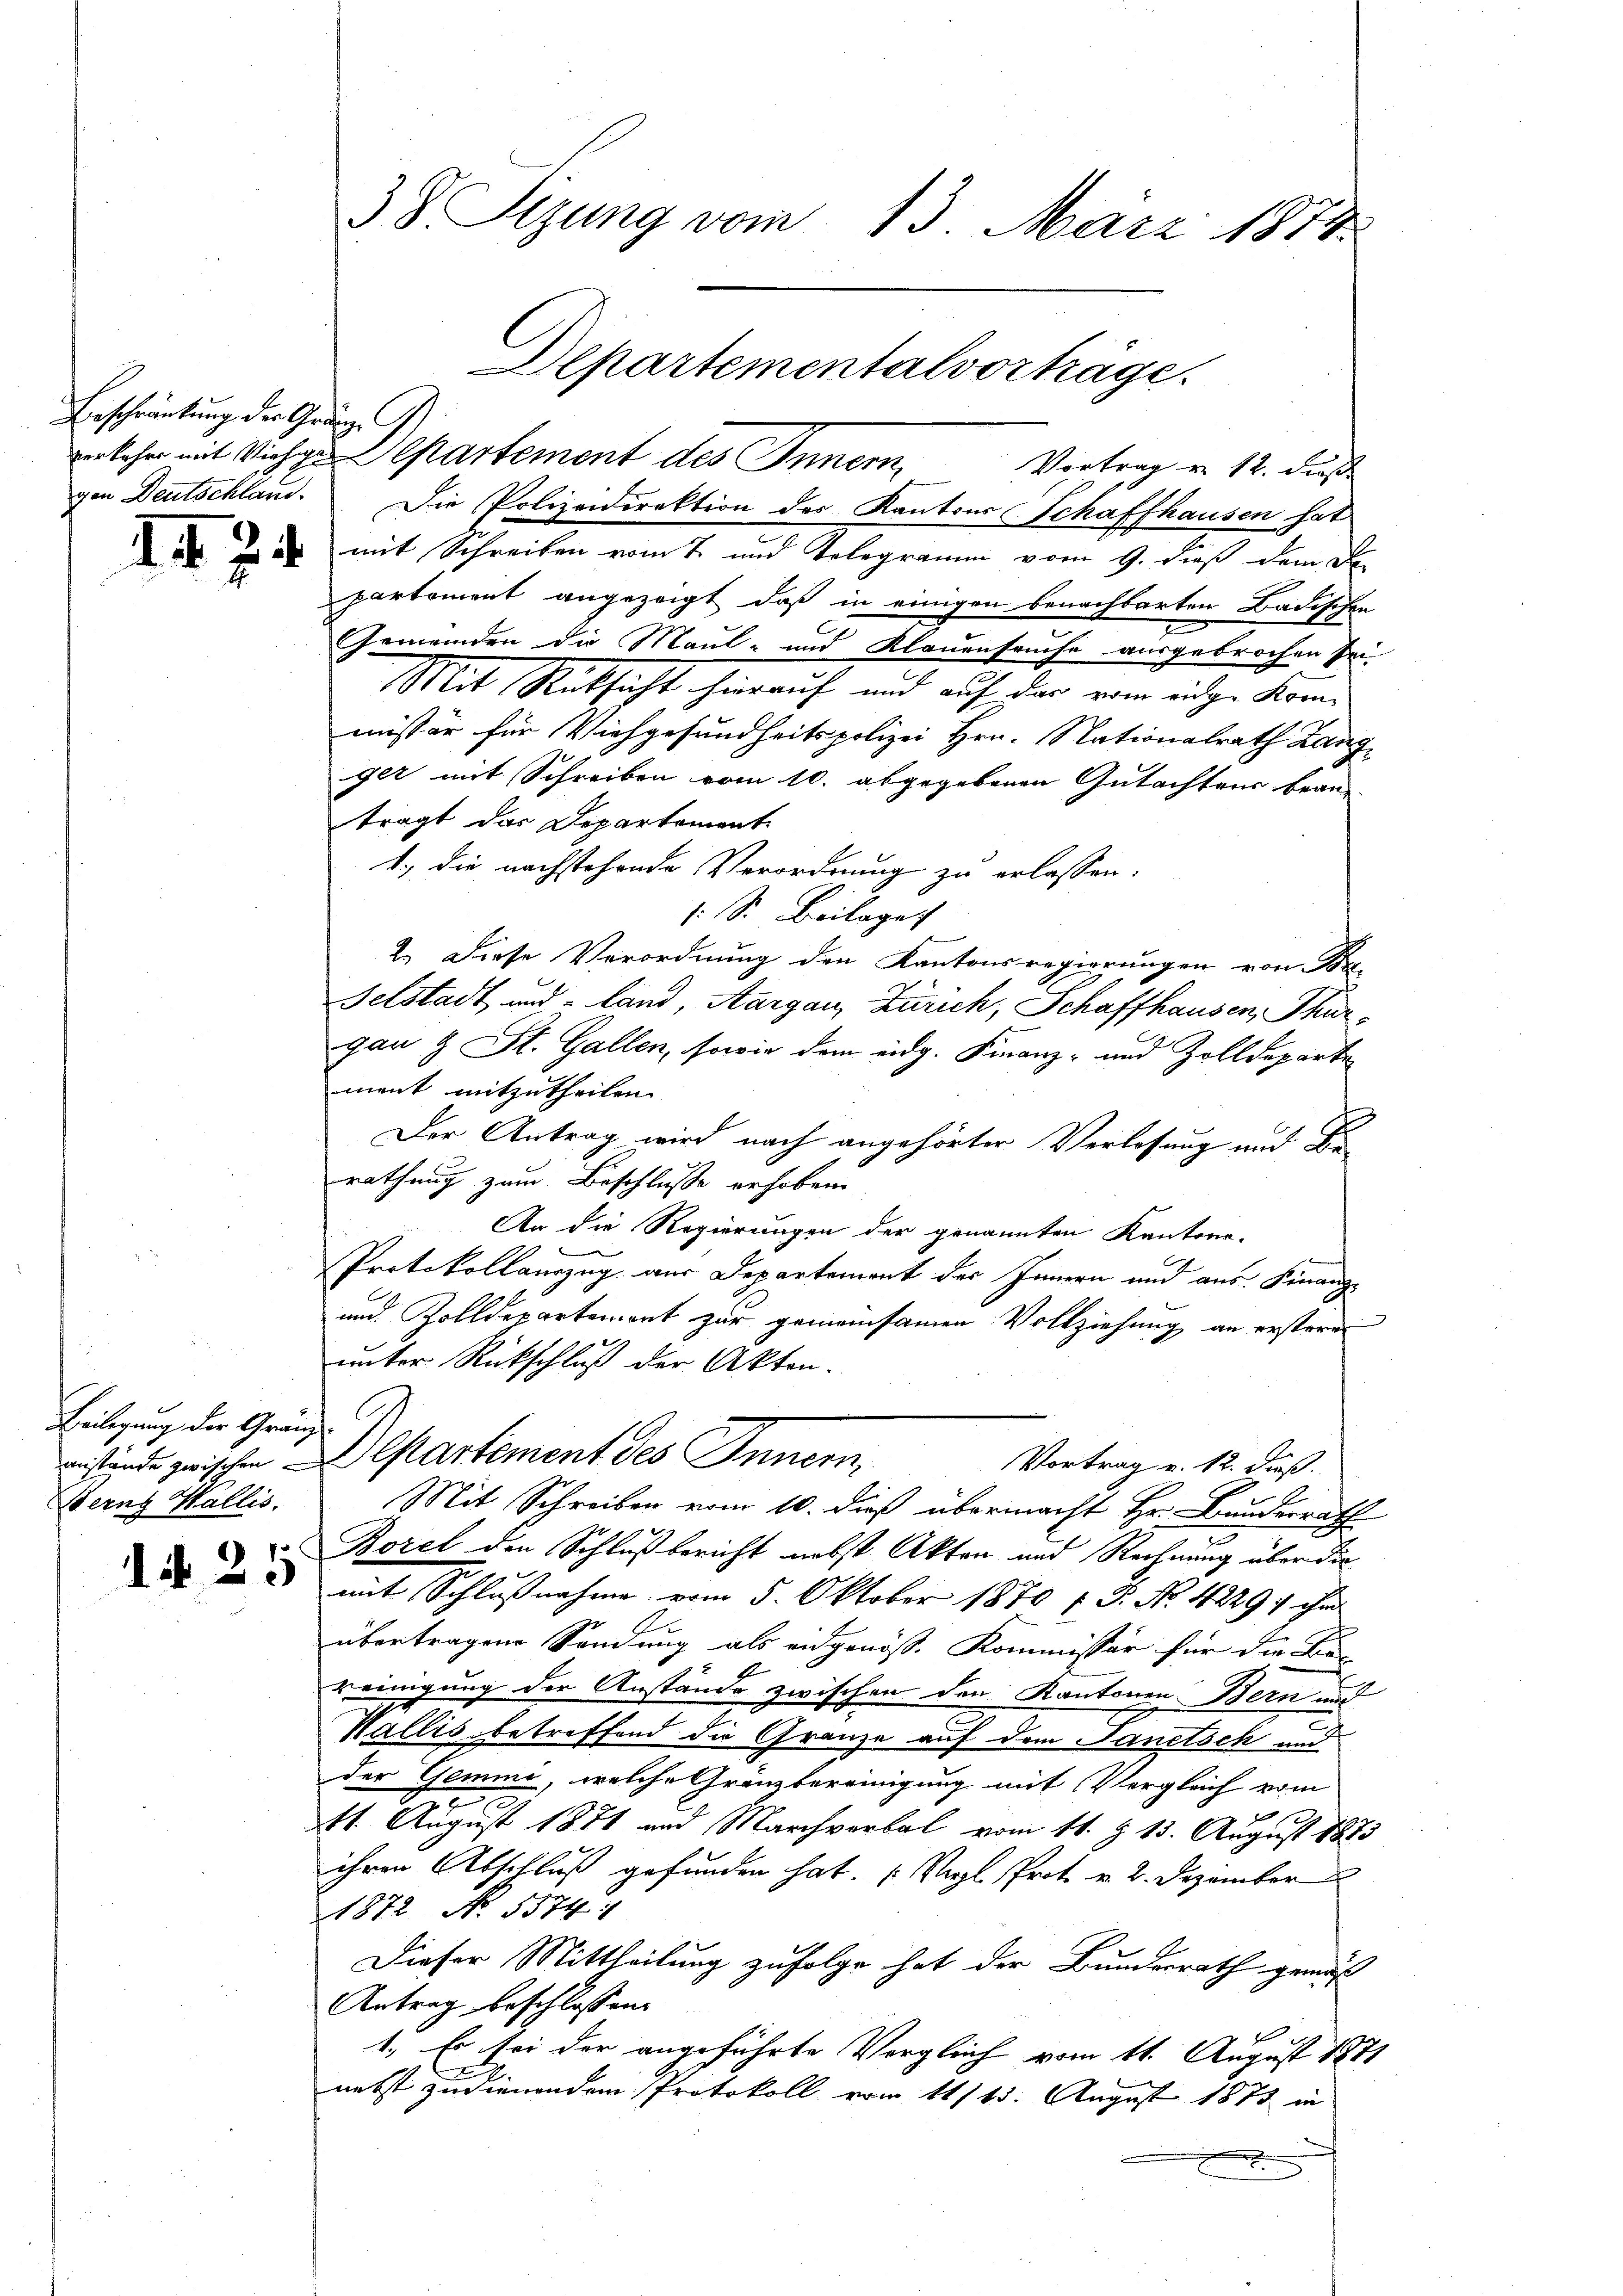
Beschränkung der Gränzgen Deutschland.

I.

1§ 25

Beilegung der Gränz
Stern Wallis.

erkehr mit Viehe Departement des Inner Vortrag v. 12. dieß
Die Polizeidirektion des Kantons Schaffhausen hat
 d mit Schreiben vom 7. und Telegramm vom 9. dieß dem Departement angezeigt, daß in einigen benachbarten Badischen
Gemeinden die Maul- und Klauenseuche ausgebrochen sei-
Mit Rücksicht hierauf und auf der vom eidge Kommissär für Viehgesundheitspolizei Hrn. Stationalrath Zang
ger mit Schreiben vom 10. abgegebenen Gutachtens bean-
trägt das Departement
1.) Die nachstehende Verordnung zu erlassen.
/. Sr. Beilage
2. Diese Verordnung den Kantonsregierungen von Ba-
Felstadt und land, Aargau, Zürich, Schaffhausen, Thurgau & St. Gallen, sowie dem eidg. Finanz- und Zolldeparte
mant mitzutheilen.
Der Antrag wird nach angehörter Verlassung und Berathung zum Beschlusse erhoben
An die Regierungen der genannten Kantone.
Protokollauszug aus Departement des Innern und aus Finanz¬
und Zolldepartement zur gemeinsamen Vollziehung an ersteren
unter Rückschluß der Akten.
A
eistände zwischen Departement des Innern,
Vortrag u. 12. dieß.
Mit Schreiben vom 10. dieß übermacht Hr. Bundesrath
Borel den Schlußbericht nebst Akten und Rechnung über die
mit Schlußnahme vom 5. Oktober 1870 f. P. No. 4229: ihm
übertragene Sendung als eidgenöß. Kommissär für die Be-
reinigung der Anstände zwischen den Kantonen Bern und
Wallis betreffend die Gränze auf dem Sanitsch und
der Gemme, welche Gränzbereinigung mit Vergleich vom
e
41. August 1871 und Marchverbal vom 11. § 13. August 1873
ihren Abschluß gefunden hat. (Vergl. Prot. v. 2. Dezember
1872 No. 5574. 1
Dieser Mittheilung zufolge hat der Bundesrath gemäß
Antrag beschlossen:
s
1. Es sei der angeführte Vergleich vom 11. August 1871
nebst zudienendem Protokoll von 111 15. August 1873 in
.

38. Sizung vom 13. März 1874

Departementalvorträge.